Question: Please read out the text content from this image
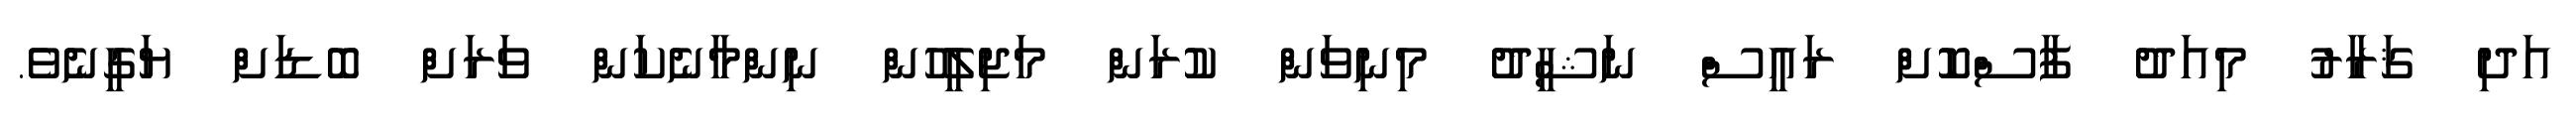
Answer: އަދި ޤަރާރު މިއަދު ފާސްކޮށް ރައީސް ނަޝީދު މިނިވަން ކުރަން މަޖިލީހުން ނިންމާނެކަން ވަރަށް ބޮޑަށް ޔަގީނެވެ.